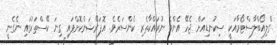
ގްލިއޯބްލާސްޓޯމާއަކީ ސިކުނޑިއަށް ޖެހޭ އެންމެ ނުރައްކާތެރި ކެންސަރެވެ. އޮޕަރޭޝަންކޮށްފައި ގިނަ ކޭސްތަކުގައި ނެގެނީ